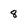
Character: 8